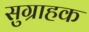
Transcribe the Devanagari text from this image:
सुग्राहक